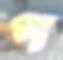
প